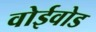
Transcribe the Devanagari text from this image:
वोईवोड